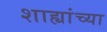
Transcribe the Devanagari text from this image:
शाह्यांच्या